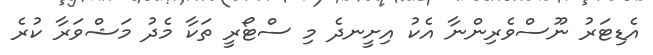
އެޑިޓަރު ނޫސްވެރިންނާ އެކު އިށީނދެ މި ސްޓޯރީ ތަކާ މެދު މަޝްވަރާ ކުރެ